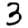
Digit: 3